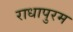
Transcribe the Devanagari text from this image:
राधापुरम